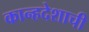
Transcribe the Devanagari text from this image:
कान्हदेशाची